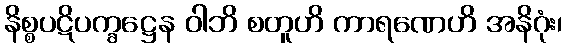
နိစ္စပဋိပက္ခဋ္ဌေန ဝါဘိ စတူဟိ ကာရဏေဟိ အနိဂုံး၊